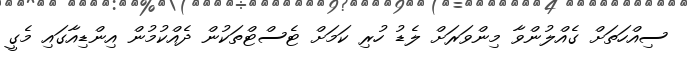
ސިއްހަތަށް ގެއްލުންވާ މިންވަރަށް ލެޑު ހުރި ކަމަށް ޓެސްޓްތަކުން ދެއްކުމުން އިންޑިއާގައި މެގީ